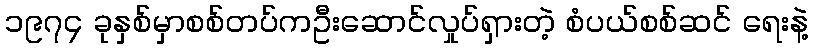
၁၉၇၄ ခုနှစ်မှာစစ်တပ်ကဦးဆောင်လှုပ်ရှားတဲ့ စံပယ်စစ်ဆင် ရေးနဲ့